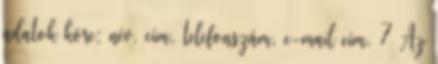
adatok köre: név, cím, telefonszám, e-mail cím. 7 Az